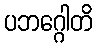
ပဘဂ္ဂေါတိ